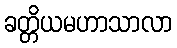
ခတ္တိယမဟာသာလာ